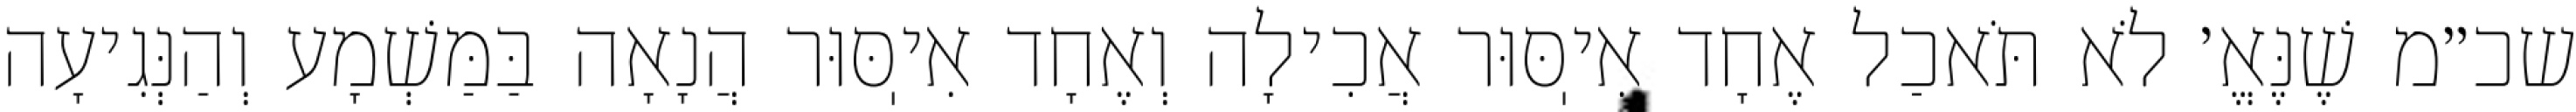
שכ״מ שֶׁנֶּאֱ׳ לֹא תֹּאכַל אֶחָד אִיֽסּוּר אֲכִילָה וְאֶחָד אִיֽסּוּר הֲנָאָה בַּמַּשְׁמָע וְהַנְּגִיעָה